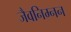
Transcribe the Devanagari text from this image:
जैवनिम्‍नन